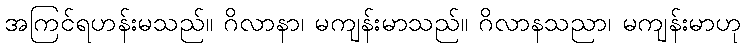
အကြင်ရဟန်းမသည်။ ဂိလာနာ၊ မကျန်းမာသည်။ ဂိလာနသညာ၊ မကျန်းမာဟု